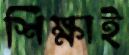
শিক্ষাই